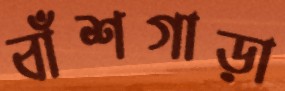
বাঁশগাড়া